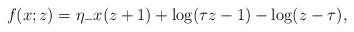
LaTeX: \begin{align*} f(x;z) = \eta_{-}x (z+1)+ \log(\tau z - 1) -\log(z-\tau), \end{align*}